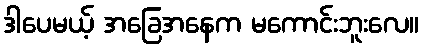
ဒါပေမယ့် အခြေအနေက မကောင်းဘူးလေ။